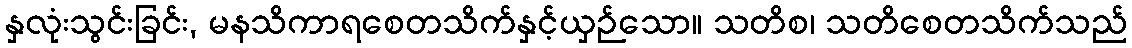
နှလုံးသွင်းခြင်း, မနသိကာရစေတသိက်နှင့်ယှဉ်သော။ သတိစ၊ သတိစေတသိက်သည်